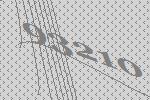
93210